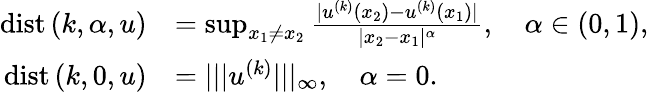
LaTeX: \begin{array}{rl}{\textup{dist}\left(k,\alpha,u\right)}&{=\operatorname*{sup}_{x_{1}\neq x_{2}}\frac{|u^{(k)}(x_{2})-u^{(k)}(x_{1})|}{|x_{2}-x_{1}|^{\alpha}},\quad\alpha\in(0,1),}\\ {\textup{dist}\left(k,0,u\right)}&{=|||u^{(k)}|||_{\infty},\quad\alpha=0.}\end{array}